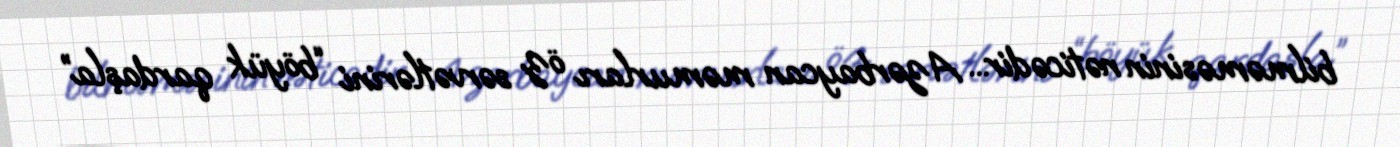
bilməməsinin nəticədir... Azərbaycan məmurları öz sərvətlərini “böyük qardaşla”